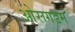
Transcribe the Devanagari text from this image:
ओरागडम